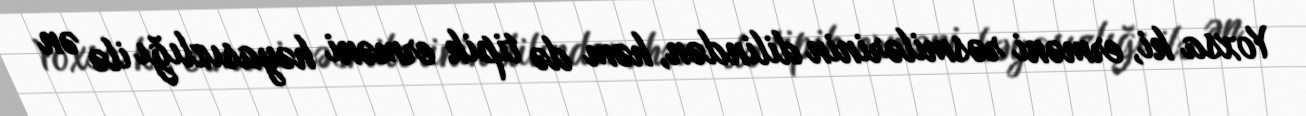
Yoxsa ki, erməni rəsmilərinin dilindən, həm də tipik erməni həyasızlığı ilə ən